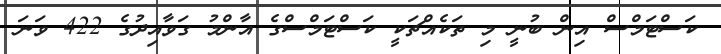
ކަސްޓަމްސް އިން ބުނީ މި ތަކެއްޗަކީ ކަސްޓަމްސްގެ އާންމު ގަވާއިދުގެ 422 ވަނަ